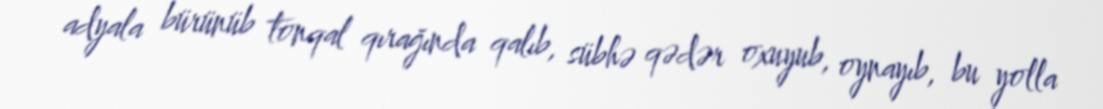
adyala bürünüb tonqal qırağında qalıb, sübhə qədər oxuyub, oynayıb, bu yolla